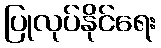
ပြုလုပ်နိုင်ရေး